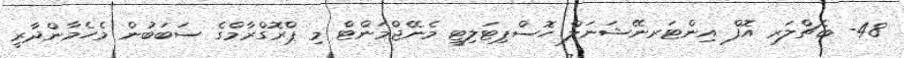
48- ބެޗްލަރ އޮފް އިންޓަރނޭޝަނަލް ހޮސްޕިޓަލިޓީ މެނޭޖްމަންޓް މި ޕްރޮގްރާމްގެ ސަބަބުން މެހެމާންދާރީ